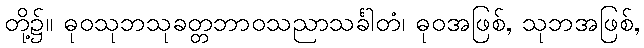
တို့၌။ ဓုဝသုဘသုခတ္တဘာဝသညာသင်္ခါတံ၊ ဓုဝအဖြစ်, သုဘအဖြစ်,